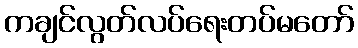
ကချင်လွတ်လပ်ရေးတပ်မတော်